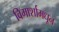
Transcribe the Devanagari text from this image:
विमार्शामधून